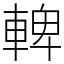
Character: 䡟